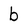
Character: b